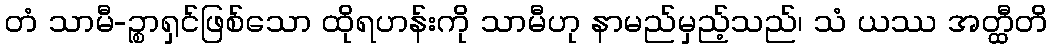
တံ သာမီ-ဉ္စာရှင်ဖြစ်သော ထိုရဟန်းကို သာမီဟု နာမည်မှည့်သည်၊ သံ ယဿ အတ္ထီတိ